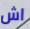
اش